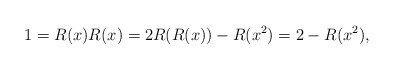
\begin{align*}1 = R(x)R(x) = 2R(R(x)) - R(x^2) = 2 - R(x^2),\end{align*}